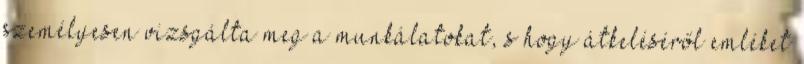
személyesen vizsgálta meg a munkálatokat, s hogy átkeléséről emléket